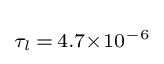
\scriptstyle \tau _{l}\,=\,4.7\times 10^{-6}